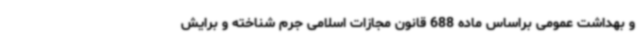
و بهداشت عمومی براساس ماده 688 قانون مجازات اسلامی جرم شناخته و برایش